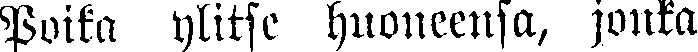
Poika ylitse huoneensa, jonka